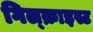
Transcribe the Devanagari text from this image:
गिल्क्राइस्ट